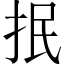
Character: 抿